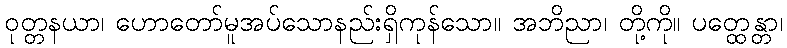
ဝုတ္တနယာ၊ ဟောတော်မူအပ်သောနည်းရှိကုန်သော။ အဘိညာ၊ တို့ကို။ ပတ္ထေန္တာ၊